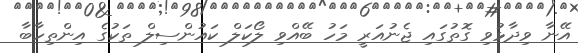
އޭނާ ވިދާޅުވި ގޮތުގައި ޖެނުއަރީ މަހު ބޭއްވި ލޯކަލް ކައުންސިލް ތަކުގެ އިންތިހާބާ